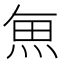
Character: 𮫯